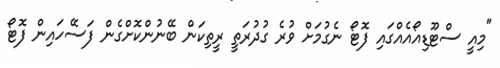
"މިއީ ސްޓޫޑިއޯއެއްގައި ފޮޓޯ ނެގުމަށް ވުރެ ގުދުރަތީ ރީތިކަން ބޭނުންކޮށްގެން ފަސޭހައިން ފޮޓޯ